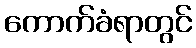
ကောက်ခံရာတွင်